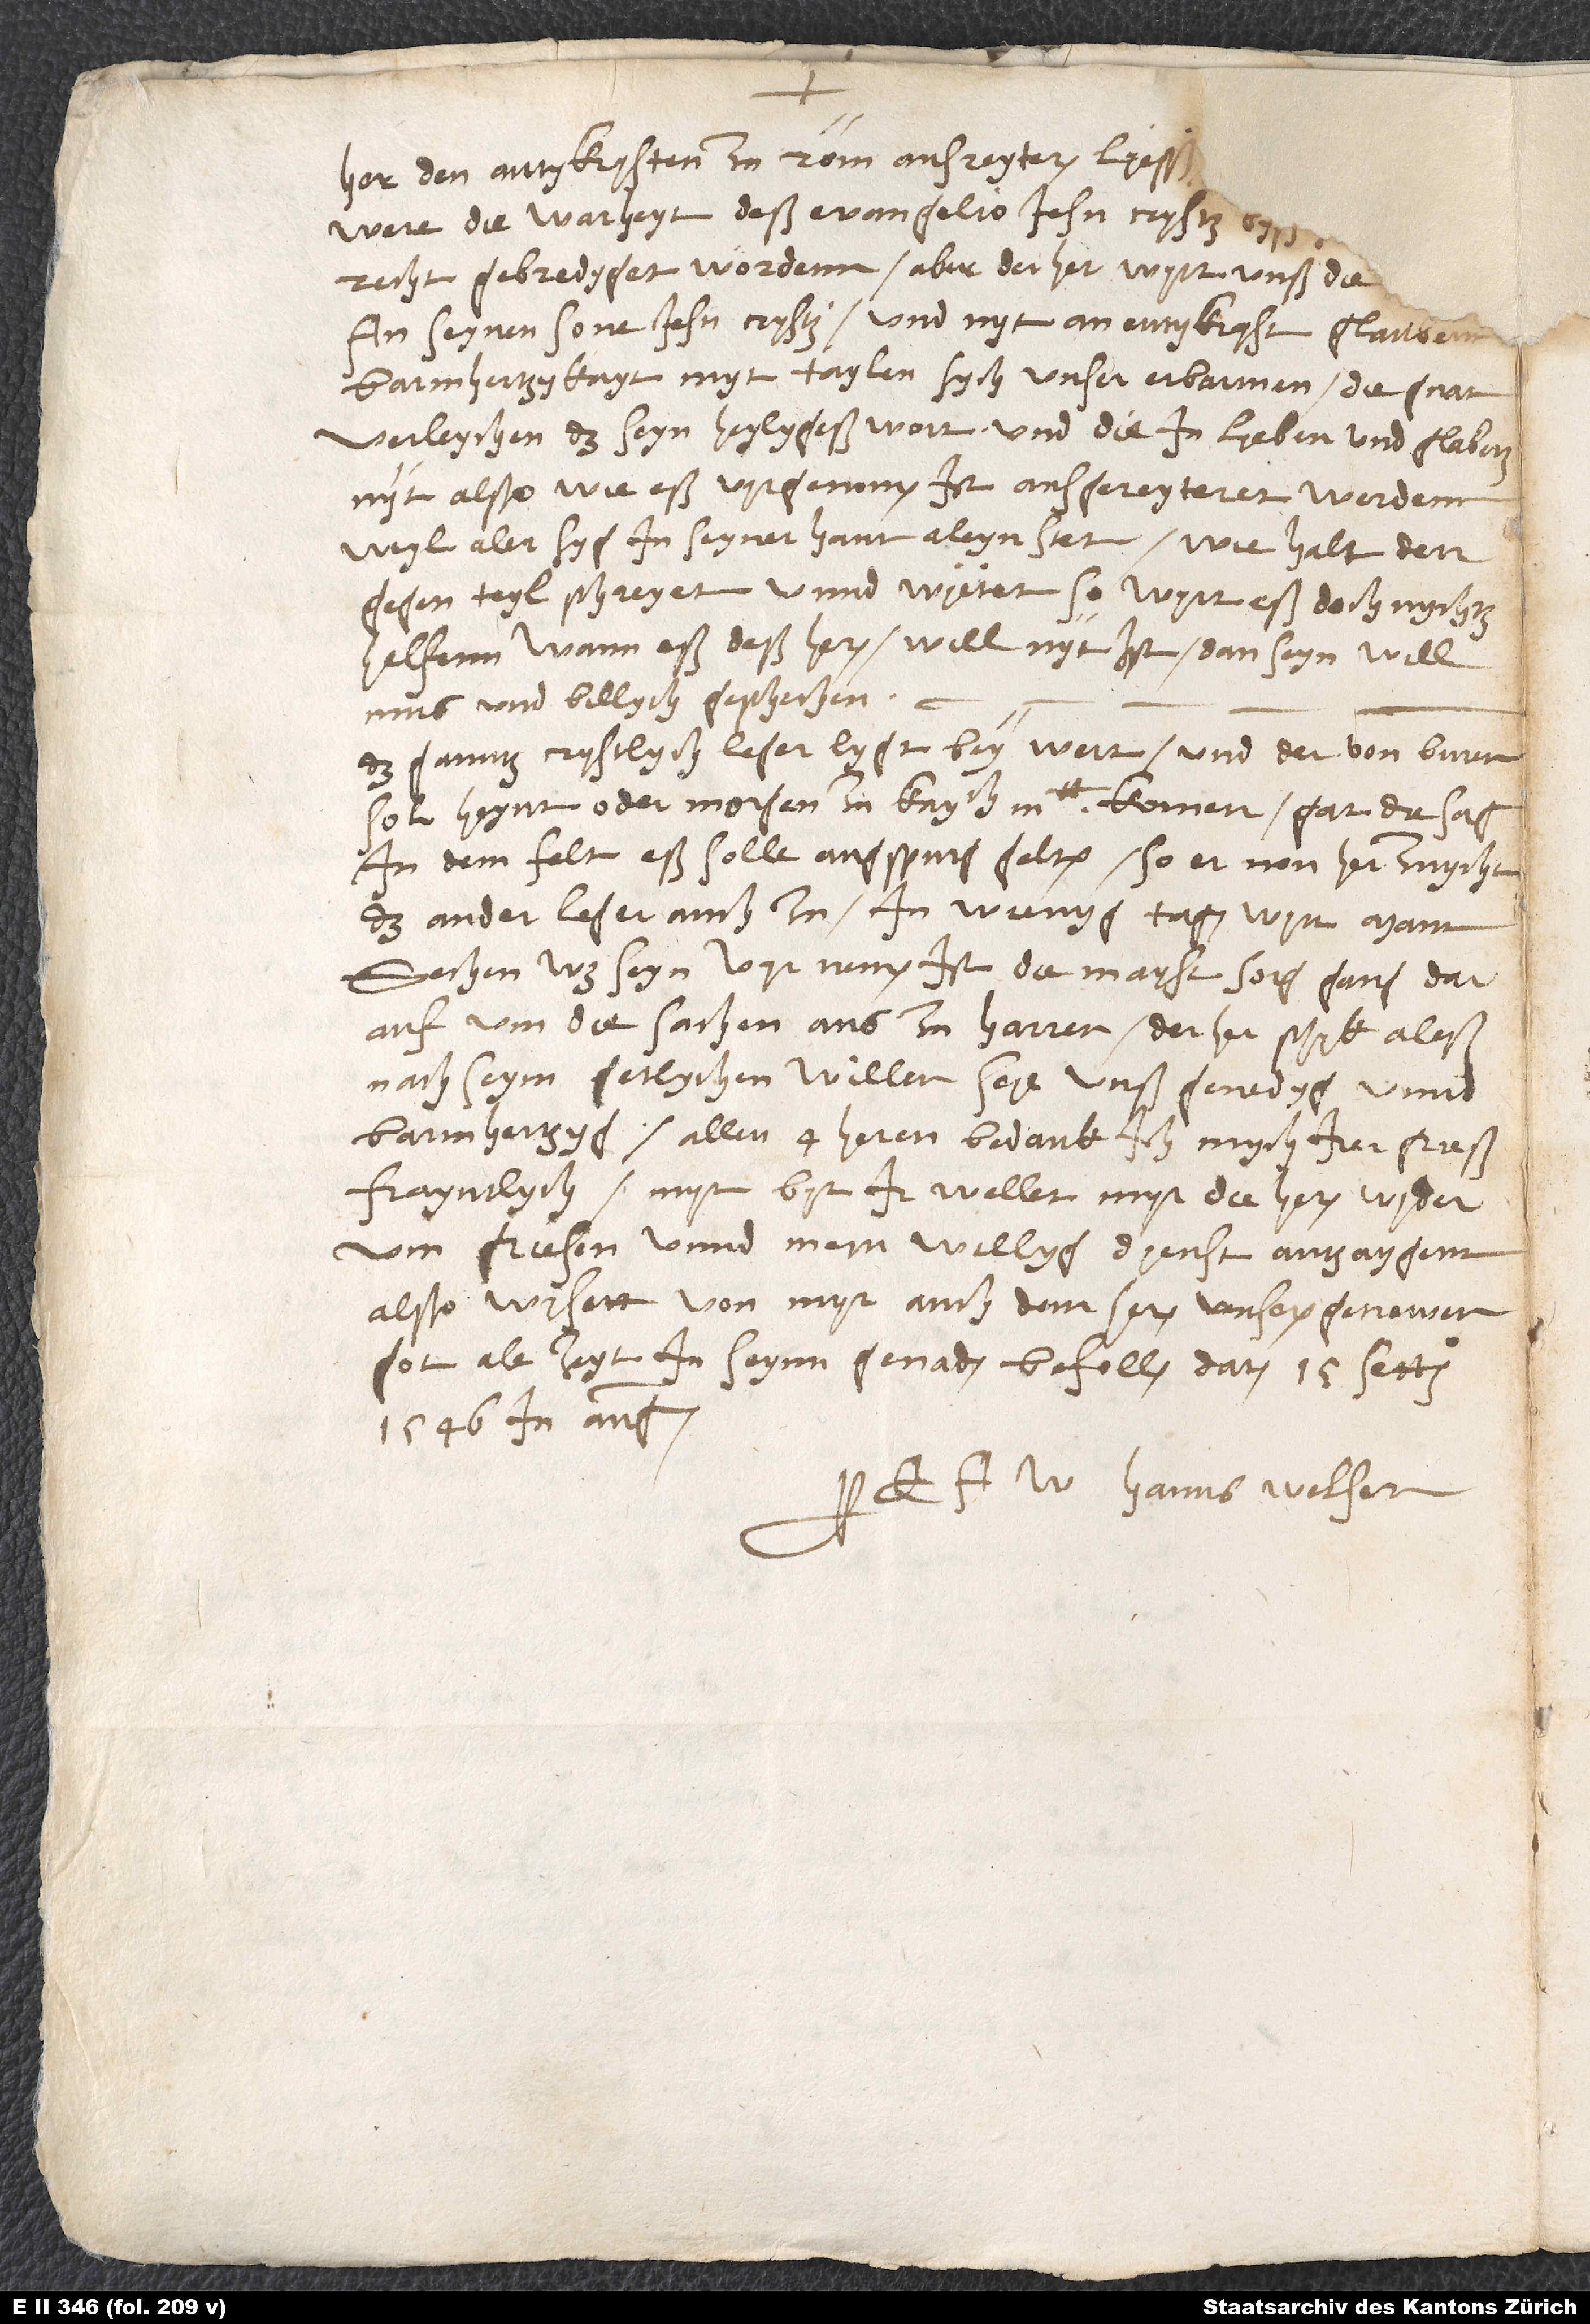
her den antykrysten zu Rom ausreyteren lyesß
an seynen sone Iesu Crysti und nyt an antykryst glaubenn,
barmhertzykayt myttaylen, sych unser erbarmen, die gnat
verleychen, das seyn heylygeß wort und die in lyeben und glabenn,
nyt alßo, wie eß vyrgenomen ist, ausgereyteret werdenn,
weyl aler syg in seyner hant aleyn stet. Wie halt der
gegenteyl schreyet unnd wyetet, so wyrt eß doch nychtz
helfenn, wann eß deß heren will nyt ist. Dan seyn will
mus und billych geschechen.
Das ganntz crystlych leger lygt bey Wert, und der von Buren
sol heyut oder morgen zu kaytt komen. Gat die sag
in dem felt, eß solle Augspurg gelten. So er non her zuycht
das ander leger auch zu, in wienyg tagen wyrt mann
sechen, was seyn vyrnemen ist. Die mayst sorg gang darauf,
um die sachen auszuharren. Der her schyk aleß
nach seym getlychen willen, seye unß genedyg unnd
barmhertzyg. Allen 4 heren bedank ich mych irer grieß
frayntlych, myt byt, ir wellet myr die heren wyderum
griesen unnd mein willyg dyenst antzaygenn.
Alßo wysett von myr, auch dem heren, unserem getrewen
got, ale zeyt in seynn genaden befollen. Datum 15. settembris
E Hanns Welser.